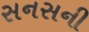
સનસની